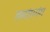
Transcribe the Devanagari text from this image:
तमांगगंग